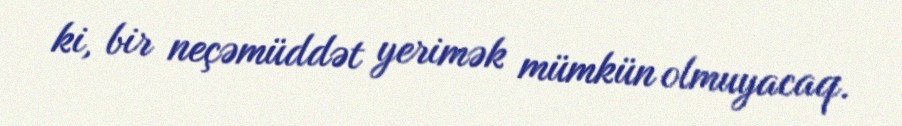
ki, bir neçəmüddət yerimək mümkün olmuyacaq.